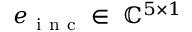
e _ { \mathrm { ~ i ~ n ~ c ~ } } \in \ \mathbb { C } ^ { 5 \times 1 }